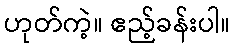
ဟုတ်ကဲ့။ ဧည့်ခန်းပါ။